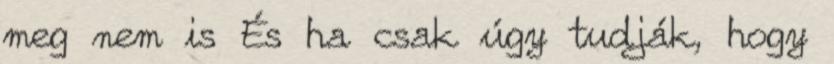
meg nem is És ha csak úgy tudják, hogy